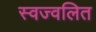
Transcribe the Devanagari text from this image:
स्वज्वलित